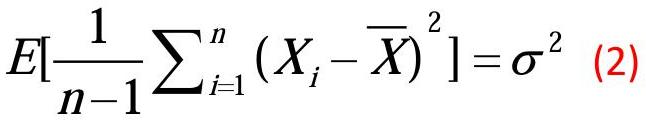
$E[\frac{1}{n - 1}\sum_{i = 1}^{n}(X_i - \overline{X})^2] = \sigma^2 \quad (2)$